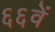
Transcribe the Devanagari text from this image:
६६वें